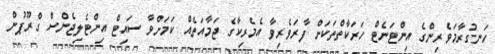
ހަނގުރާމަވެރިންގެ އިންޓަނެޓް ހަރަކާތްތަކަށް ފާރަވެރިވާ އެމެރިކާގެ ޖަމާއަތެއް ކަމަށްވާ ސައިޓް އިންޓެލިޖެންސް ގްރޫޕުން